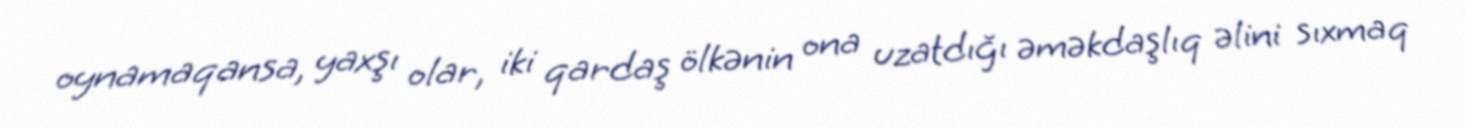
oynamaqansa, yaxşı olar, iki qardaş ölkənin ona uzatdığı əməkdaşlıq əlini sıxmaq